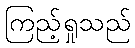
ကြည့်ရှုသည်